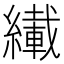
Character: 𫄇